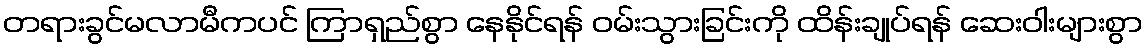
တရားခွင်မလာမီကပင် ကြာရှည်စွာ နေနိုင်ရန် ဝမ်းသွားခြင်းကို ထိန်းချုပ်ရန် ဆေးဝါးများစွာ